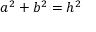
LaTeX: a ^ { 2 } + b ^ { 2 } = h ^ { 2 }